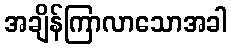
အချိန်ကြာလာသောအခါ